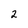
Character: 2